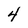
Character: 4